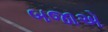
બજાએ